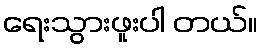
ရေးသွားဖူးပါ တယ်။